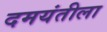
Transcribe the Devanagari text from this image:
दमयंतीला